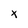
Character: x